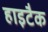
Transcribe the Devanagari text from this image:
हाइटैक